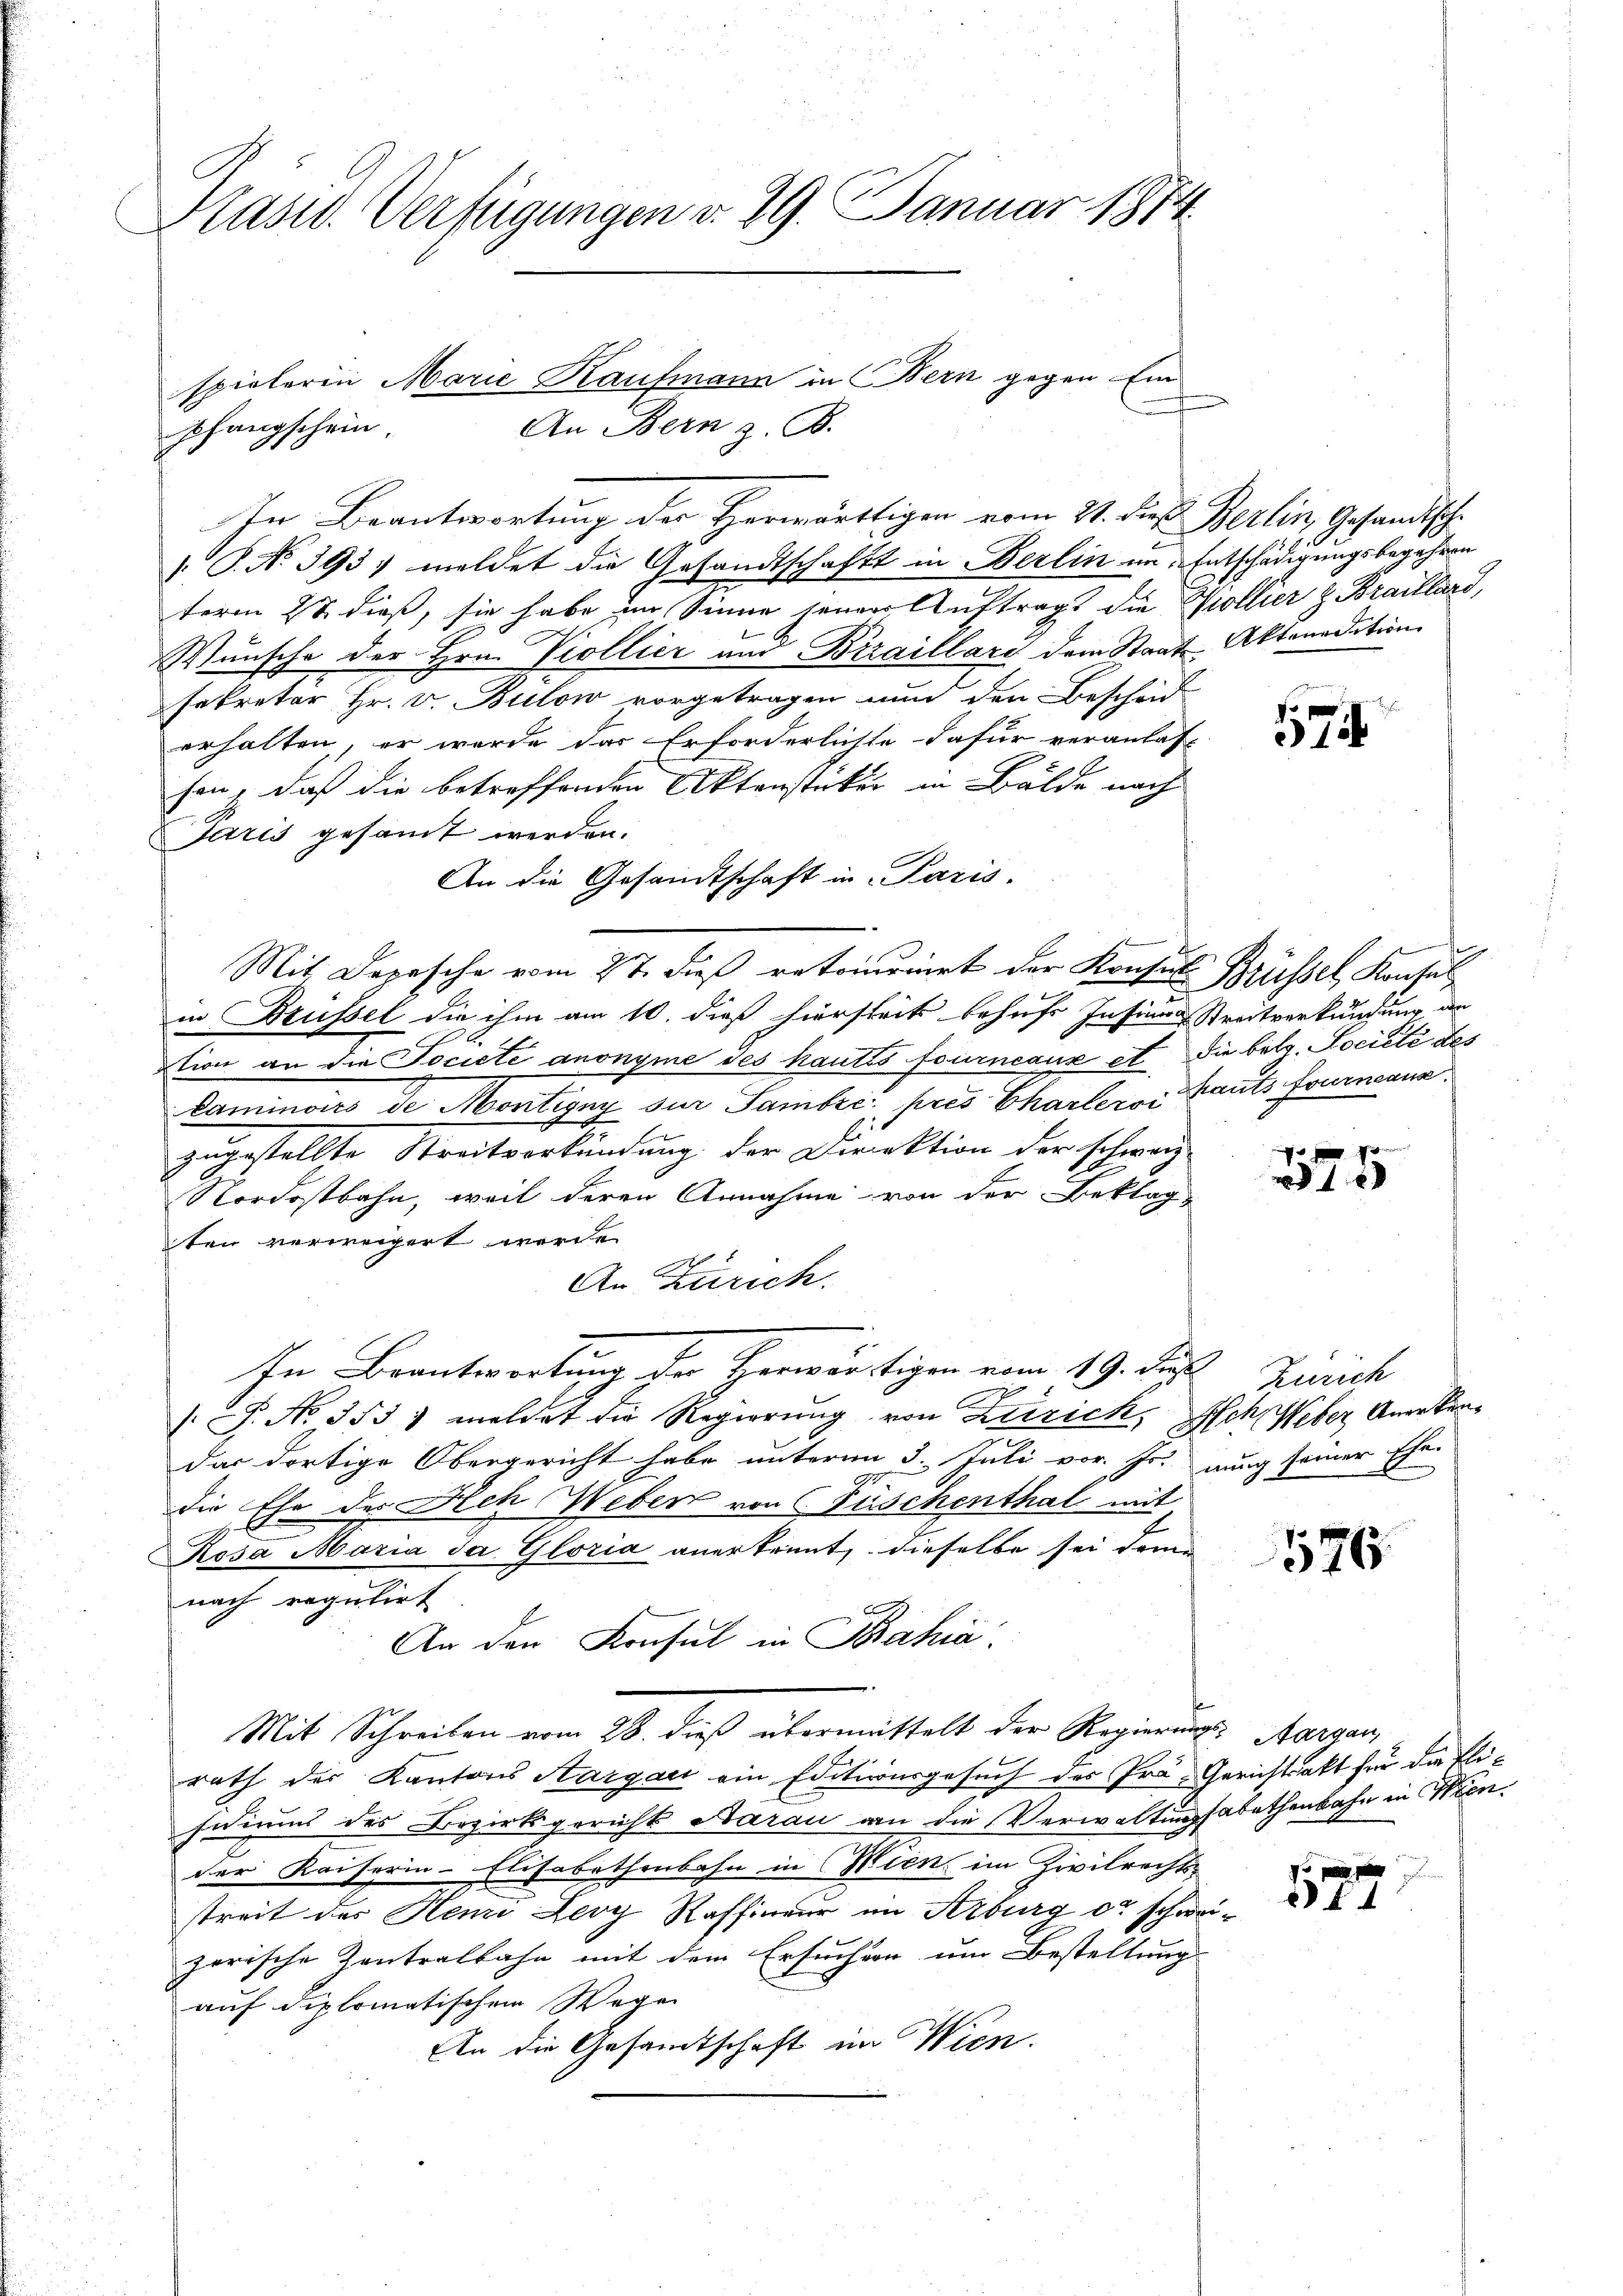
Plasw. Verfügungen d. 29. Januar 1874.

spielerin Marie Kaufmann in Bern gegen Ein
An Bern z. B.
pfangschein.

In Beantwortung der Herwärtigen vom 21. Die Berlin, Gesandtsche
 P. No 393/ meldet die Gesandtschaft in Berlin in Entschädigungsbegehren
term 28. dieß, sie habe im Sinne jenen Auftrags die Kollier z. Braillard,
Wunsche der Hrn. Viollier und Biraillard dem Staats-Aktenadition
sekretär Hr. v. Bulow vorgetragen nun den Bescheid
erhalten, er wurde das Erforderlichte dafür veranlas-
son, daß die betreffenden Aktensteker in Bälde nach
saris gesamt werden.
An die Gesandtschaft in Paris.
Mit Depesche vom 27. dieß retournirt der Konsul Brüssel, Konsul
in Brüssel die ihm am 10. dieß hierseits behufs Insinus Streitverkündung an
tion an die Société anonyme des hautes fourneaux et die belg. Société des
kaminoirs de Montigny zur Tambre prés Charlers Kauts fourneaus
zugestellte Streitverkündung der Direktion der schweiz
Nordostbahn, weil deren Annahme von der Beklag
ten verweigert werde.
An Zürich.
In Beantwortung der Herwärtigen vom 19. Jur. Zürich
 P. No 353) meldet die Regierung von Kerzick, Hch. Weber Anerkendas dortige Obergericht habe unterm 3. Juli vor. Js. nung seiner Ehe-
die Ehe des Ach Weber von Füschenthal mit
Rosa Maria Ja Gloria anerkennt, dieselbe sei dem
nach regulirt
An den Konsul in Bahia
Mit Schreiben vom 28. dieß übermittelt der Regierungs-Aargau
rath der Kantons Aargau ein Editionsgesuch des Prä- Gerichtsakt für die Elisidiums des Bezirksgericht Aarau an die Verwaltungsabethenbahn in Wien.
der Kaiserin-Elisabethenbahn in Wien im Zivilrechts-
streit des Heni Ley Raffineur im Arburg da schwe
zorische Zentralbahn mit dem Ersuchen um Bestellung
auf diplomatischem Wegen
An die Gesamtschaft im Wien.

17

375

576

d

p
1